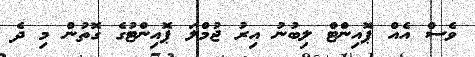
ވެސް އެއް ޕޮއިންޓް ލިބުނު އިރު ޖުމްލަ ޕޮއިންޓުގެ ގޮތުން މި ދެ